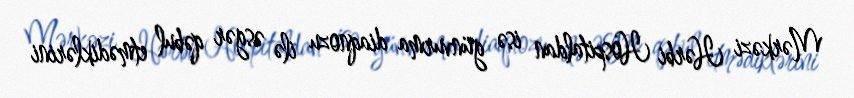
Mərkəzi Hərbi Hospitaldan isə günvurma diaqnozu ilə əsgər qəbul etmədiklərini